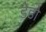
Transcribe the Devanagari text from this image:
डेडो